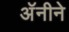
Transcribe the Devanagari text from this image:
अॅनीने